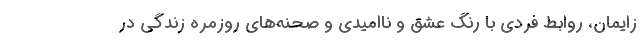
زايمان، روابط فردي با رنگ عشق و نااميدي و صحنه‌هاي روزمره زندگي در